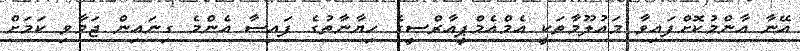
އޭނާ އާންމުކޮށްފައިވާ މައުލޫމާތަކީ އެމްއެމްޕީއާރްސީގެ ހިޔާނާތުގެ ފައިސާ އެންމެ ގިނައިން ޖަމާވި ކަމަށް